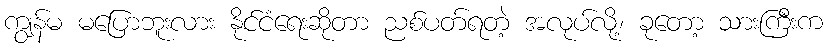
ကျွန်မ မပြောဘူးလား နိုင်ငံရေးဆိုတာ ညစ်ပတ်ရတဲ့ အလုပ်လို့၊ ခုတော့ သားကြီးက